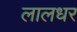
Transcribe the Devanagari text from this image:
लालधर